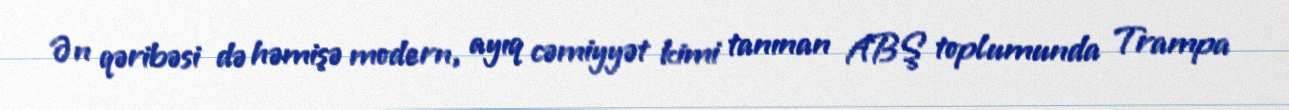
Ən qəribəsi də həmişə modern, ayıq cəmiyyət kimi tanınan ABŞ toplumunda Trampa